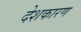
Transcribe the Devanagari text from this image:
देशकारण